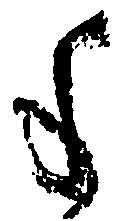
手